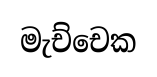
මැච්චෙක